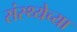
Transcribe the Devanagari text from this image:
संस्थ्येच्या